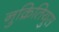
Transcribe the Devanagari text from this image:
नुक्रितियुस